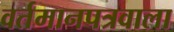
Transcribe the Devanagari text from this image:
वर्तमानपत्रवाला